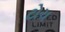
ટોચ